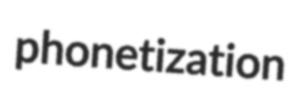
phonetization